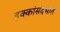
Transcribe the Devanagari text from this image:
हक्कांसंदर्भात